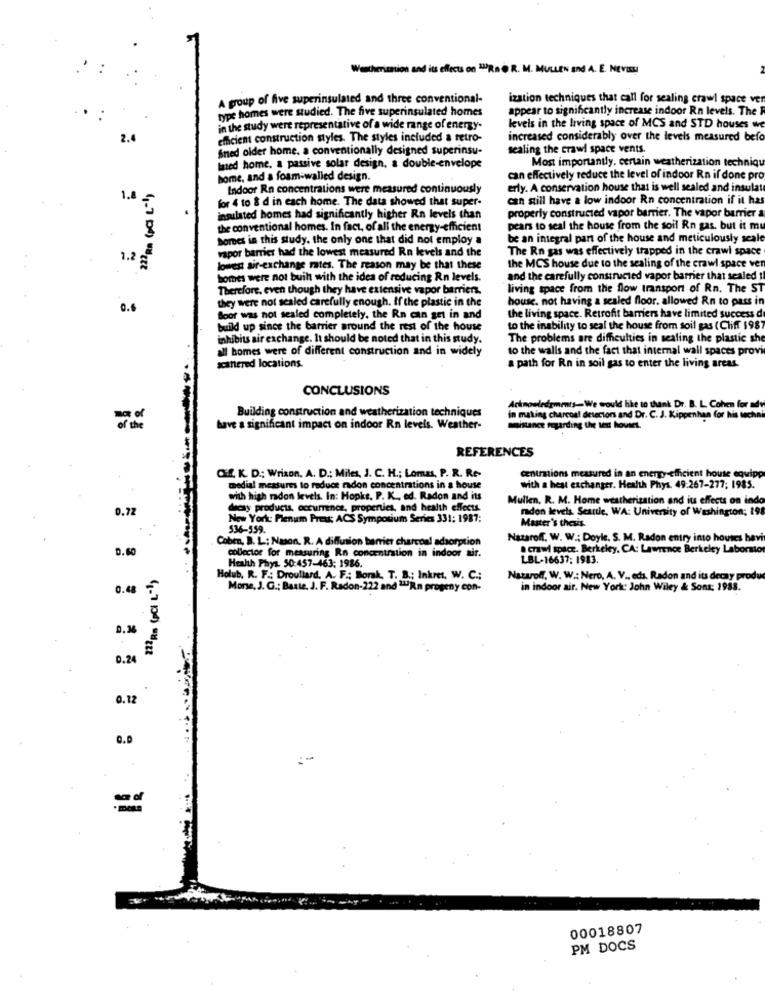
Wentherission and its effects on URn O R. M. MULLEN and A. E. NEVES
A group of five superinsulated and three conventional-
ization techniques that call for sealing crawl space ver
type homes were studied. The five superinsulated homes
appear to significantly increase indoor Rn levels. The R
in the study were representative of a wide range of energy-
levels in the living space of MCS and STD houses we
2.4
efficient construction styles. The styles included a retro-
increased considerably over the levels measured befo
Sned older home. a conventionally designed superinsu-
sealing the crawl space vents.
Most importantly. certain weatherization techniqu
listed home, a passive solar design, a double-envelope
home, and a foam-walled design.
can effectively reduce the level of indoor Rn if done pro
Indoor Rn concentrations were measured continuously
erly. A conservation house that is well sealed and insulate
1.8
for 4 to & d in each home. The data showed that super-
can still have a low indoor Rn concentration if it has
insulated homes had significantly higher Rn levels than
properly constructed vapor barrier. The vapor barrier a
the conventional homes. In fact, of all the energy-efficient
pears to seal the house from the soil Rn gas, but it mu
Bombes in this study. the only one that did not employ a
be an integral part of the house and meticulously scale
vapor barrier had the lowest measured Rn levels and the
The Rn gas was effectively trapped in the crawl space
1.2 2
lowest air-exchange rates. The reason may be that these
the MCS house due to the sealing of the crawl space ver
homes were not buih with the idea of reducing Rn levels.
and the carefully constructed vapor barrier that sealed
Therefore, even though they have extensive vapor barriers.
living space from the flow transport of Rn. The ST
they were not sealed carefully enough. If the plastic in the
house. not having a sealed floor. allowed Rn to pass in
0.6
Boor was not sealed completely, the Rn can get in and
the living space. Retrofit barriers have limited success d
build up since the barrier around the rest of the house
to the inability to seal the house from soil gas (Cliff 198
inhibits air exchange. It should be noted that in this study.
The problems are difficulties in sealing the plastic she
all homes were of different construction and in widely
to the walls and the fact that internal wall spaces provi
scattered locations.
a path for Rn in soil gas to enter the living areas.
CONCLUSIONS
Building construction and weatherization techniques
Acknowledgmmis-We would like to thank Dr. B. L. Cohen for adv
in making charcoal detectors and Dr. C. J. Kippenhan for his techni
have a significant impact on indoor Rn levels. Weather-
maistance regarding the text houset.
REFERENCES
centrmions measured in an energy-efficient house equip
Cif K. D .; Wrixon, A. D .: Miles, J. C. H .; Lomas, P. R. Re-
medial mextures to reduce radon concentrations in a house
with a heat exchanger. Health Phys. 49:267-277; 1985.
with high radon levels. In: Hopks. P. K ., ed. Radon and its
Mullen. R. M. Home weatherization and its effects on indo
0.72
decay products, occurrence, properties, and health effects.
madon levels. Seattle, WA: University of Washington; 198
New York: Plenum Preu: ACS Symposium Series 331: 1987:
536-559.
Master's thesis.
Coben, B. L: Nason. R. A diffusion barrier charcoal adsorption
Nazaroff. W. W .; Doyle. S. M. Radon entry into houses havi
0.60
. crawl space. Berkeley, CA: Lawrence Berkeley Laborator
collector for measuring Rn concentration in indoor air.
LBL-16637; 1983.
Health Phys. 50:457-463; 1986.
Holub. R. F .: Droullard, A. F .; Bork. T. B .; Inkret, W. C .;
Nazaroff. W. W .: Nero, A. V ., eds. Radon and its decay produ
0.48
More, J. G .: Batte, J. F. Radon-222 and "Rn progeny con-
in indoor air. New York: John Wiley & Sont: 1988.
0.24
0.12
Q.D
00018807
PM DOCS